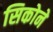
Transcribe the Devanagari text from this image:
सिकोने